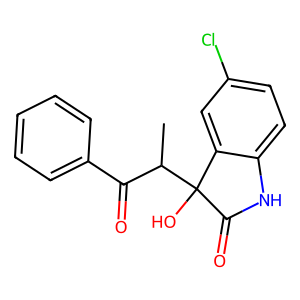
SMILES: CC(C(=O)c1ccccc1)C1(O)C(=O)Nc2ccc(Cl)cc21
Inhibits HIV replication: No